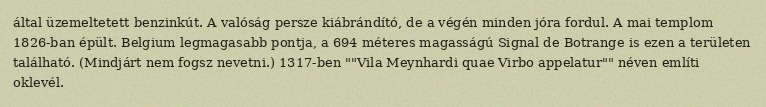
által üzemeltetett benzinkút. A valóság persze kiábrándító, de a végén minden jóra fordul. A mai templom 1826-ban épült. Belgium legmagasabb pontja, a 694 méteres magasságú Signal de Botrange is ezen a területen található. (Mindjárt nem fogsz nevetni.) 1317-ben ""Vila Meynhardi quae Virbo appelatur"" néven említi oklevél.